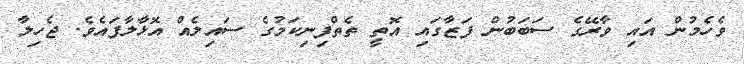
ވެހެމުން އައި ވާރޭގެ ސަބަބުން ފަޒާގައި އޮތީ ތެތްފިނިކަމުގެ ސައިލެއް އޮޅާލާފައެވެ. ޖެހިލާ